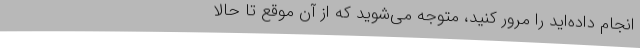
انجام داده‌اید را مرور کنید، متوجه می‌شوید که از آن‌ موقع تا حالا